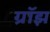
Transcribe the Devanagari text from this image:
ग्रॉझ